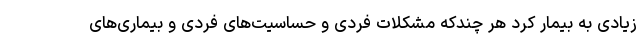
زیادی به بیمار کرد هر چندکه مشکلات فردی و حساسیت‌های فردی و بیماری‌های